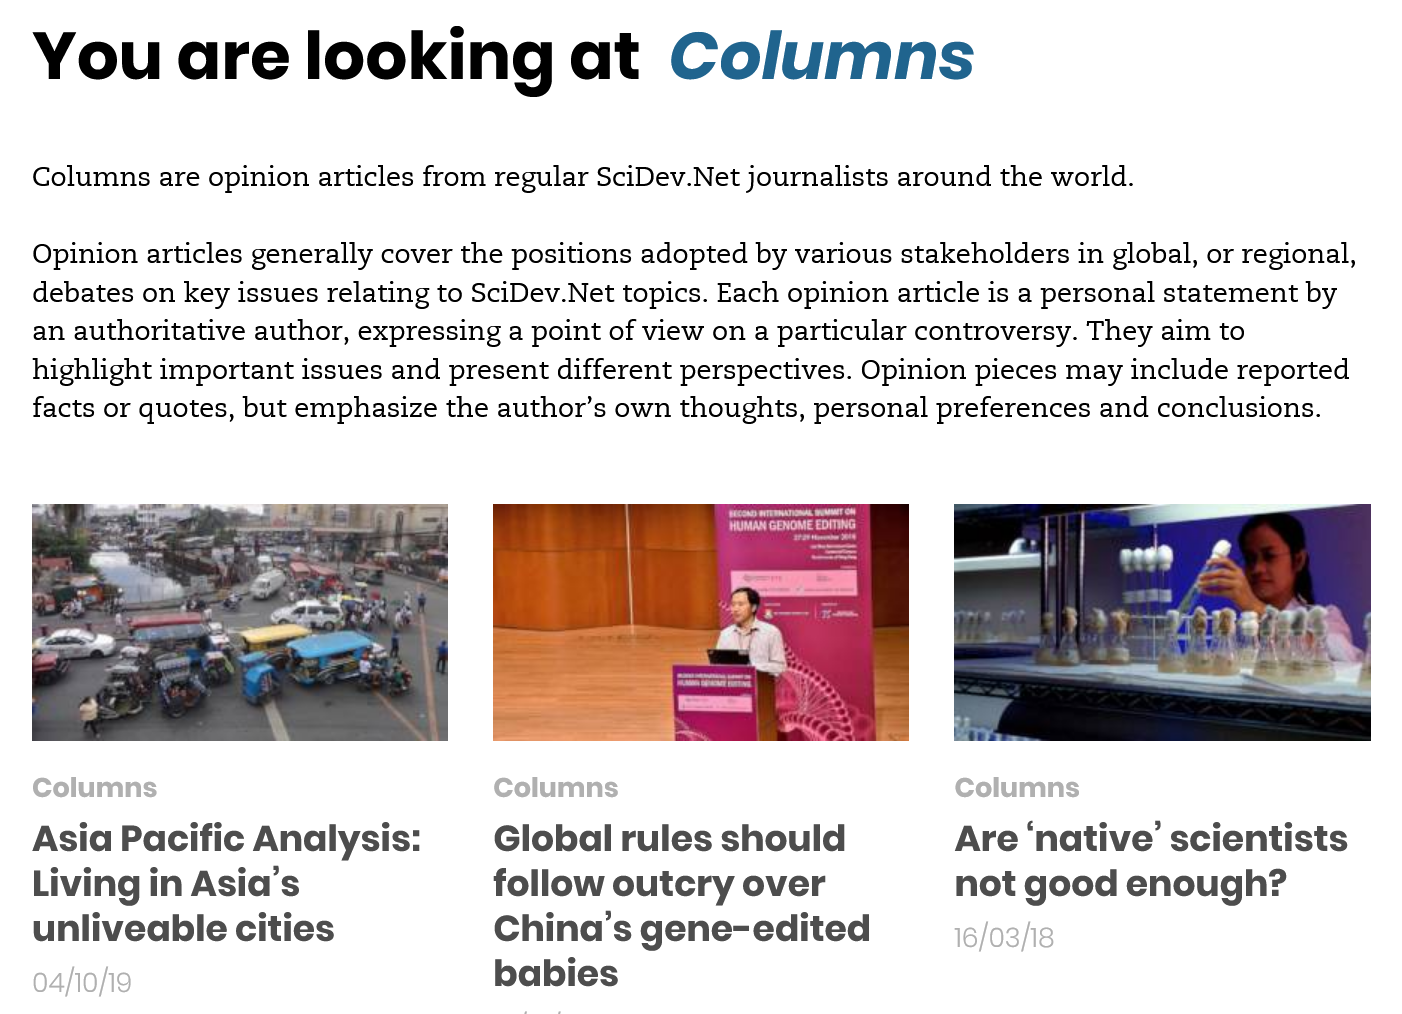
retard
     Columns    Columns
     Are ‘native’  scientists
     not  good  enough?
     16/03/18
   Asia  Pacific  Analysis:
   Living  in Asia’s
   unliveable cities
   o04/io/19
   You    are    looking    at    Columns
   Columns are opinion articles from regular SciDev.Net journalists around the world.
   Opinion articles generally cover the positions adopted by various stakeholders in global, or regional,
   debates on key issues relating to SciDev.Net topics. Each opinion article is a personal statement by
   an authoritative author, expressing a point of view on a particular controversy. They aim to
   highlight important issues and present different perspectives. Opinion pieces may include reported
   facts or quotes, but emphasize the author’s own thoughts, personal preferences and conclusions.
   Columns
     Global  rules  should
     follow  outcry   over
     China’s   gene-edited
     babies